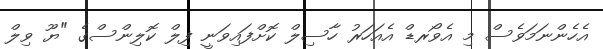
އެހެންނަމަވެސް މި އެވޯރޑް އެއަހަރު ހާސިލް ކޮށްފައިވަނީ ފިލް ކޮލިންސްގެ "ޔޫ ވިލް